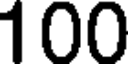
100